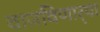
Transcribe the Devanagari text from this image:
वाजविणार्‍या